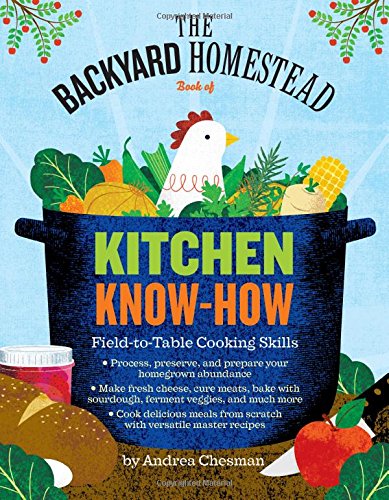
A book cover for The Backyard Homestead Book of Kitchen Know-How: Field-to-Table Cooking Skills; Andrea Chesman; Cookbooks, Food & Wine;